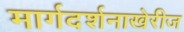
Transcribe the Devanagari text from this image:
मार्गदर्शनाखेरीज